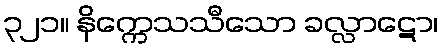
၃၂၁။ နိက္ကေသသီသော ခလ္လာဋော၊